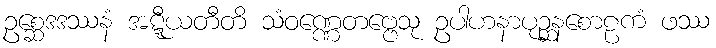
ဥစ္ဆေဒဒဿနံ အဋ္ဋီယတီတိ သံဝဏ္ဏေတဗ္ဗေသု ဥပါဟနာပုဉ္ဆနစောဠကံ ဖဿ